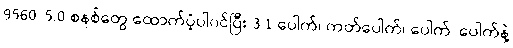
9560၊ 5.0 စနစ်တွေ ထောက်ပံ့ပါ၀င်ပြီး 3.1 ပေါက်၊ ကတ်ပေါက်၊ ပေါက်၊ ပေါက်နဲ့